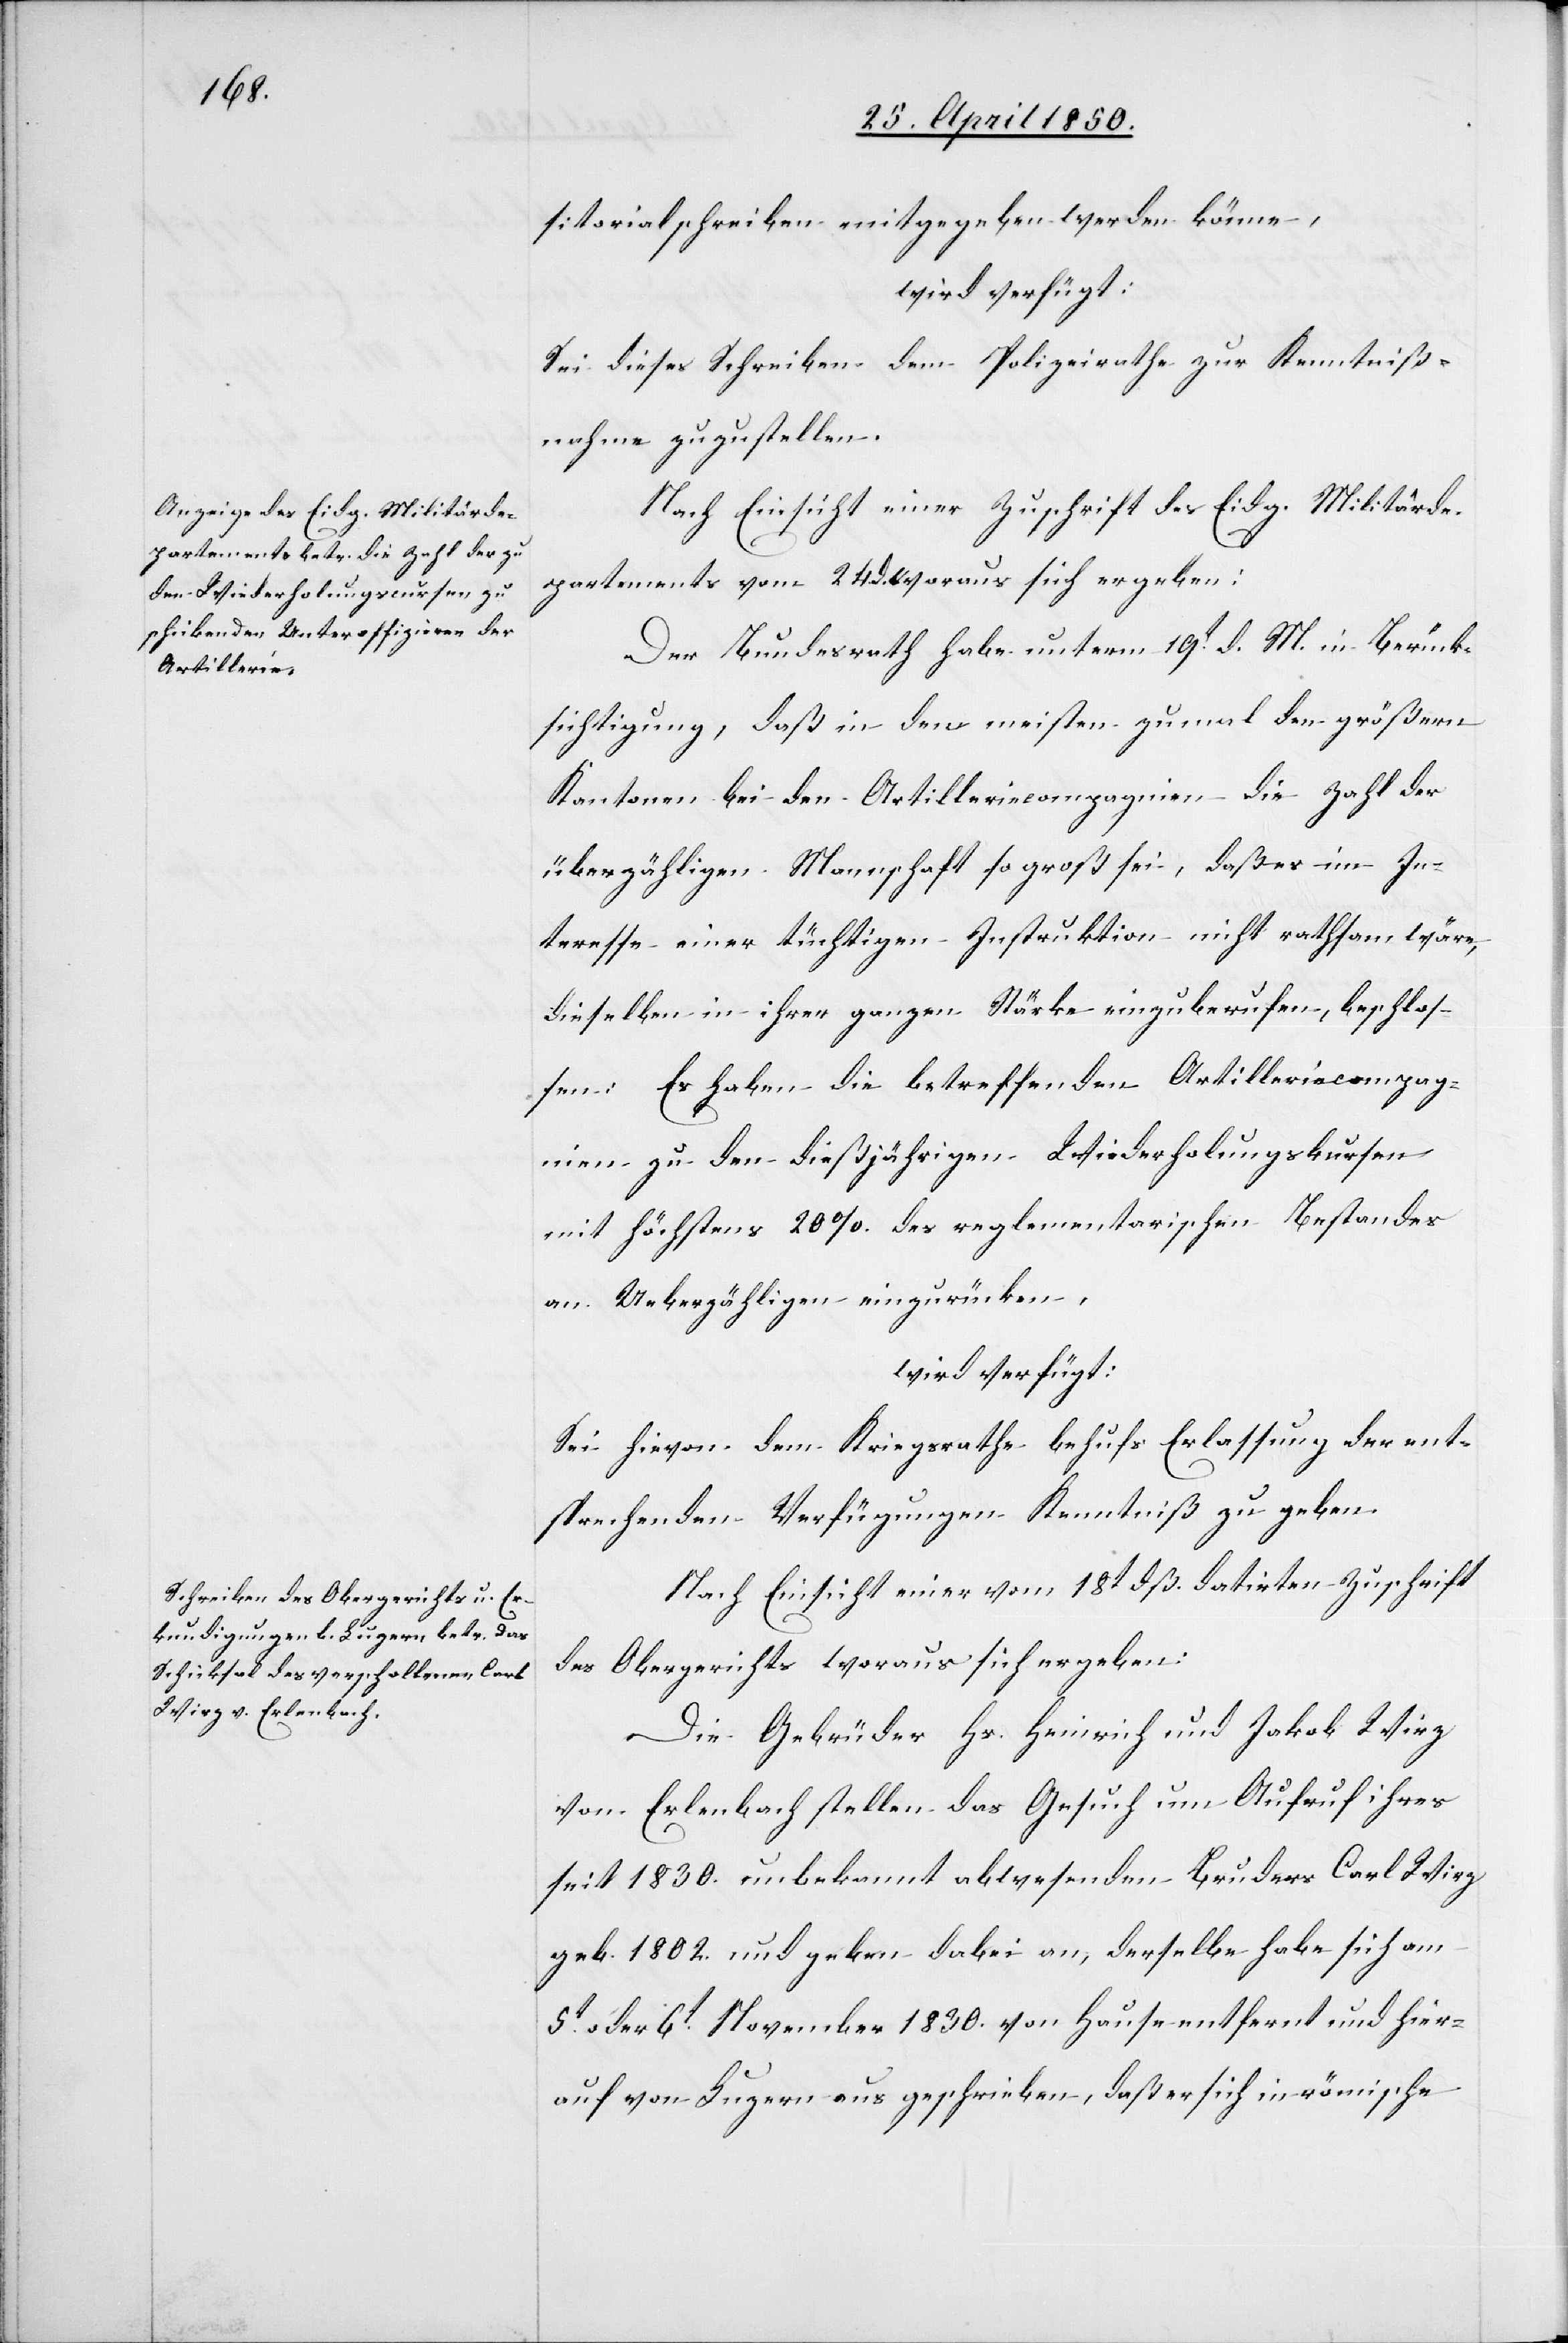
26t April 1850.]
sitorialschreiben mitgegeben werden könne[n].
wird verfügt:
Sei dieses Schreiben dem Polizeirathe zur Kenntniß¬
nahme zuzustellen.
Nach Einsicht einer Zuschrift des Eidg. Militärde¬
partements vom 24. d. woraus sich ergeben:
Der Bundesrath habe unterm 19t d. M. in Berück¬
sichtigung, daß in den meisten zumal den größern
Kantonen bei den Artilleriecompagnien die Zahl der
überzähligen Mannschaft so groß sei, daß es im In¬
teresse einer tüchtigen Instruktion nicht rathsam wäre,
dieselben in ihrer ganzen Stärke einzuberufen, beschlos¬
sen: Es haben die betreffenden Artilleriecompag¬
nien zu den dießjährigen Wiederholungskursen
mit höchstens 20 % des reglementarischen Bestandes
an Ueberzähligen einzurücken,
wird verfügt:
Sei hievon dem Kriegsrathe behufs Erlassung der ent¬
sprechenden Verfügungen Kenntniß zu geben[.]
Nach Einsicht einer vom 18t dß. datirten Zuschrift
des Obergerichts woraus sich ergeben:
Die Gebrüder Hs. Heinrich und Jakob Wirz
von Erlenbach stellen das Gesuch um Aufruf ihres
seit 1830. unbekannt abwesenden Bruders Carl Wirz
geb. 1802. und geben dabei an, derselbe habe sich am
5t oder 6t November 1830. von Hause entfernt und hier¬
auf von Luzern aus geschrieben, daß er sich in römische